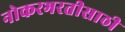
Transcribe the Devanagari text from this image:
नोकरभरतीसाठी